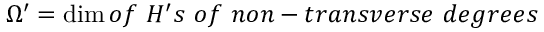
\Omega ^ { \prime } = \dim o f ~ H ^ { \prime } s ~ o f ~ n o n - t r a n s v e r s e ~ d e g r e e s